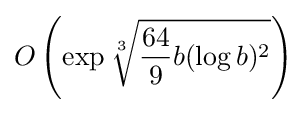
O\left(\exp {\sqrt[{3}]{{\frac {64}{9}}b(\log b)^{2}}}\right)